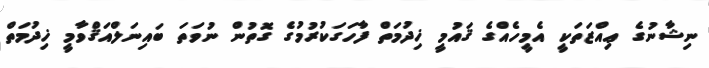
ނިޝާނުގެ ޢިއްޒަތަކީ އެމީހެއްގެ ޤައުމީ ޚިދުމަތް ފާހަގަކުރުމުގެ ގޮތުން ނުވަތަ ބައިނަލްއަޤްވާމީ ޚިދުމަތް